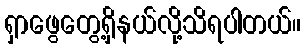
ရှာဖွေတွေ့ရှိနယ်လို့သိရပါတယ်။